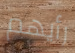
رأيهم